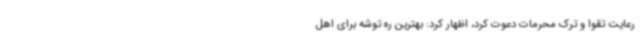
رعایت تقوا و ترک محرمات دعوت کرد، اظهار کرد: بهترین ره توشه برای اهل